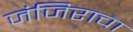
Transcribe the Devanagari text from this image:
जंजिराचा